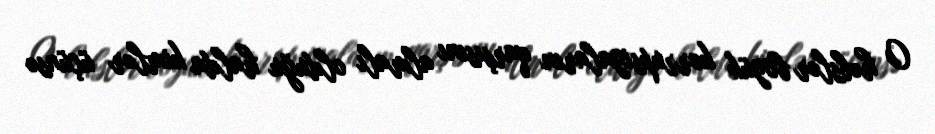
O həbslər böyük korrupsiyaların qarşısını almalı olduğu halda kimlər üçünsə